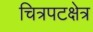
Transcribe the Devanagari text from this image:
चित्रपटक्षेत्र